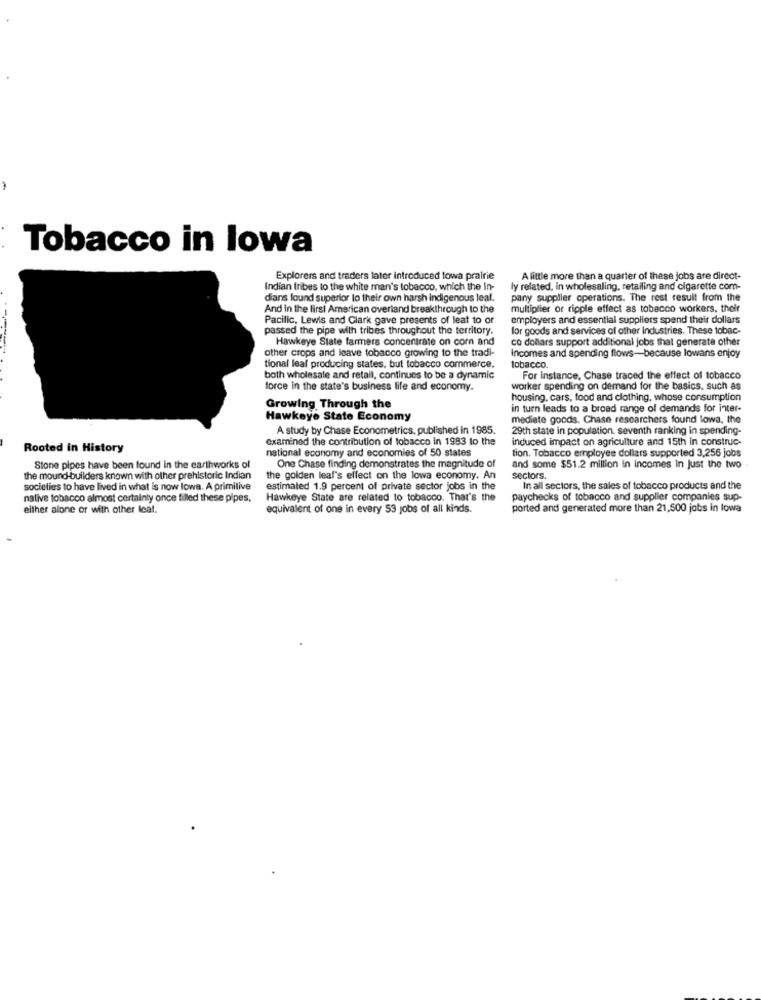
Tobacco in lowa
Explorers and traders later introduced towa prairie
A little more than a quarter of these jobs are direct-
Indian tribes to the white man's tobacco, which the in-
ly related, in wholesaling, retailing and cigarette com-
dians found superior lo their own harsh indigenous leal.
pany supplier operations. The rest result from the
And in the first American overland breakthrough to the
multiplier or ripple effect as tobacco workers, their
Pacific, Lewis and Clark gave presents of leat to or
employers and essential suppliers spend their dollars
passed the pipe with tribes throughout the territory.
for goods and services of other Industries. These tobac-
Hawkeye State farmers concentrate on corn and
co dollars support additional jobs that generate other
other crops and leave tobacco growing to the tradi-
Incomes and spending flows-because lowans enjoy
tional leaf producing states, but tobacco commerce,
tobacco.
both wholesale and retail, continues to be a dynamic
For Instance, Chase traced the effect of tobacco
force in the state's business life and economy.
worker spending on demand for the basics, such as
housing, cars, food and clothing, whose consumption
Growing Through the
in turn leads to a broad range of demands for inter-
Hawkeye State Economy
mediate goods. Chase researchers found lowa, the
A study by Chase Econometrics, published in 1985.
29th state in population. seventh ranking in spending-
examined the contribution of tobacco in 1983 to the
induced impact on agriculture and 15th in construc-
Rooted In History
national economy and economies of 50 states
tion. Tobacco employee dollars supported 3,256 jobs
Stone pipes have been found in the earthworks of
One Chase finding demonstrates the magnitude of
and some $51.2 million in incomes in just the two
the mound-builders known with other prehistoric Indian
the golden leaf's effect on the lowa economy. An
sectors.
societies to have lived in what is now lowa. A primitive
estimated 1.9 percent of private sector jobs in the
In all sectors, the sales of tobacco products and the
nalive tobacco almost certainly once filled these pipes,
Hawkeye State are related to tobacco. That's the
paychecks of tobacco and supplier companies sup-
either alone or with other leat.
equivalent of one in every 53 jobs of all kinds.
ported and generated more than 21,500 jobs in lowa